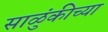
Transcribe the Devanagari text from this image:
साळुंकीच्या